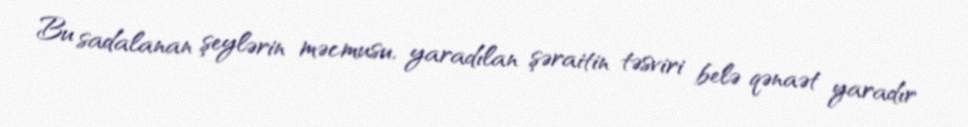
Bu sadalanan şeylərin məcmusu, yaradılan şəraitin təsviri belə qənaət yaradır